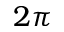
2 \pi